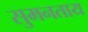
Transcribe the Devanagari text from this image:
सुमनताय